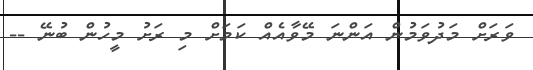
ވަރަށް މަދުވަމުން އަންނަ މޭވާއެއް ކަމަށް މި ރަށު މީހުން ބުނޭ --